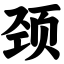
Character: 颈